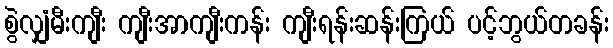
စွဲလျှံမီးကျီး ကျီးအာကျီးကန်း ကျီးရန်းဆန်းကြယ် ပင့်ဘွယ်တခန်း